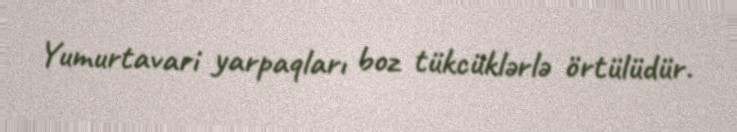
Yumurtavari yarpaqları boz tükcüklərlə örtülüdür.